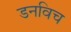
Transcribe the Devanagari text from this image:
डनविच